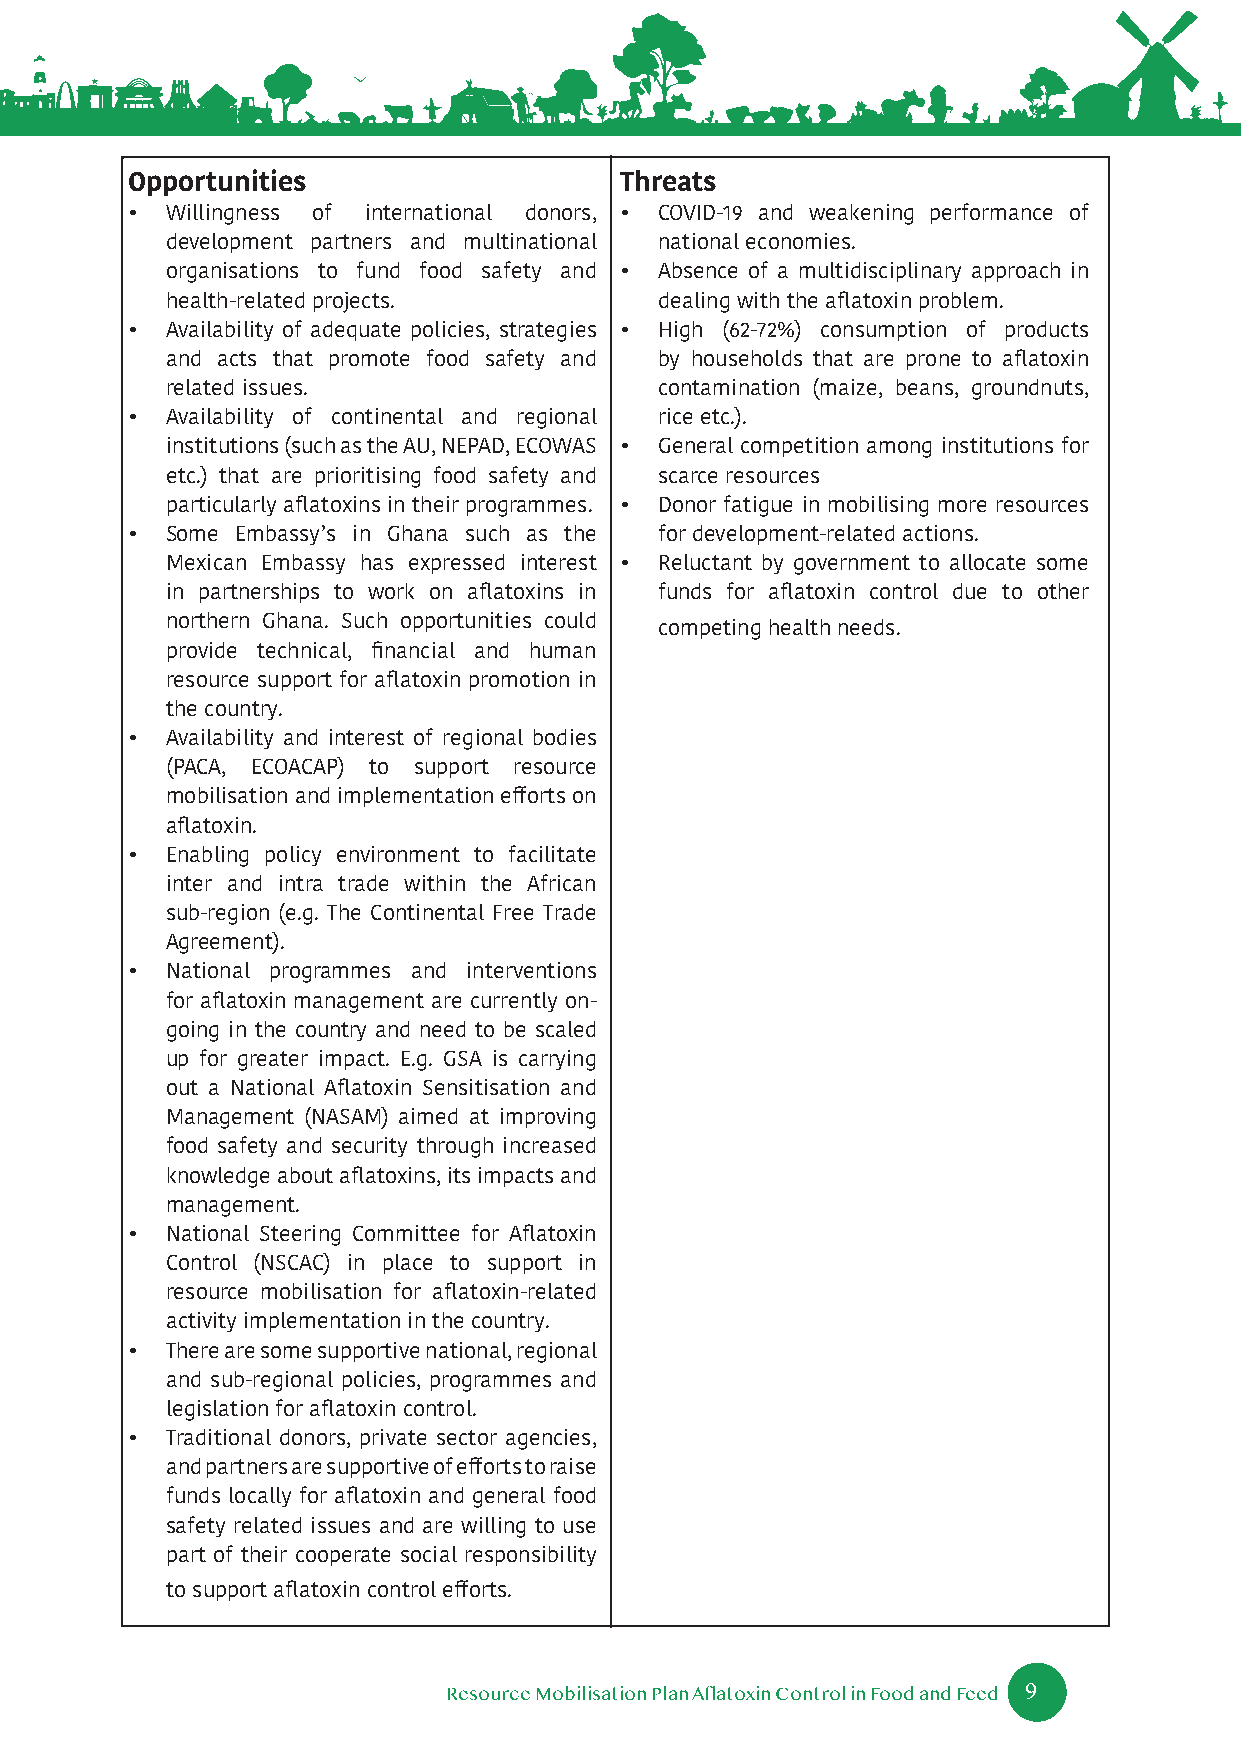
Opportunities                    Threats
 •  Willingness of international donors, • COVID-19 and weakening performance of
 development partners and multinational national economies.
 organisations to fund food safety and • Absence of a multidisciplinary approach in
 health-related projects.         dealing with the aflatoxin problem.
 •  Availability of adequate policies, strategies • High (62-72%) consumption of products
 and acts that promote food safety and by households that are prone to aflatoxin
 related issues.                  contamination (maize, beans, groundnuts,
 •  Availability of continental and regional rice etc.).
 institutions (such as the AU, NEPAD, ECOWAS • General competition among institutions for
 etc.) that are prioritising food safety and scarce resources
 particularly aflatoxins in their programmes. • Donor fatigue in mobilising more resources
 •  Some Embassy’s in Ghana such as the for development-related actions.
 Mexican Embassy has expressed interest • Reluctant by government to allocate some
 in partnerships to work on aflatoxins in funds for aflatoxin control due to other
 northern Ghana. Such opportunities could competing health needs.
 provide technical, financial and human
 resource support for aflatoxin promotion in
 the country.
 •  Availability and interest of regional bodies
 (PACA, ECOACAP) to support resource
 mobilisation and implementation efforts on
 aflatoxin.
 •  Enabling policy environment to facilitate
 inter and intra trade within the African
 sub-region (e.g. The Continental Free Trade
 Agreement).
 •  National programmes and interventions
 for aflatoxin management are currently on-
 going in the country and need to be scaled
 up for greater impact. E.g. GSA is carrying
 out a National Aflatoxin Sensitisation and
 Management (NASAM) aimed at improving
 food safety and security through increased
 knowledge about aflatoxins, its impacts and
 management.
 •  National Steering Committee for Aflatoxin
 Control (NSCAC) in place to support in
 resource mobilisation for aflatoxin-related
 activity implementation in the country.
 •  There are some supportive national, regional
 and sub-regional policies, programmes and
 legislation for aflatoxin control.
 •  Traditional donors, private sector agencies,
 and partners are supportive of efforts to raise
 funds locally for aflatoxin and general food
 safety related issues and are willing to use
 part of their cooperate social responsibility
 to support aflatoxin control efforts.
 9
 Resource Mobilisation Plan Aflatoxin Control in Food and Feed